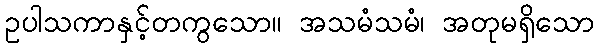
ဥပါသကာနှင့်တကွသော။ အသမံသမံ၊ အတုမရှိသော